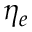
\eta _ { e }